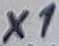
Text: X1